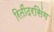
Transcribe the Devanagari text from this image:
रितींदरसिंग